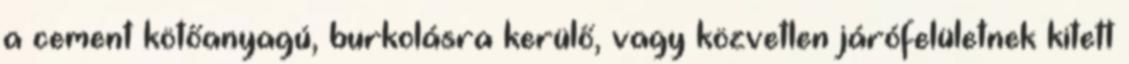
a cement kötőanyagú, burkolásra kerülő, vagy közvetlen járófelületnek kitett